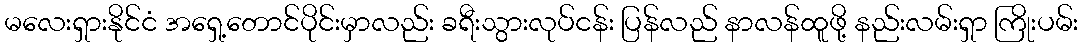
မလေးရှားနိုင်ငံ အရှေ့တောင်ပိုင်းမှာလည်း ခရီးသွားလုပ်ငန်း ပြန်လည် နာလန်ထူဖို့ နည်းလမ်းရှာ ကြိုးပမ်း